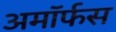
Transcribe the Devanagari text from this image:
अमॉर्फस